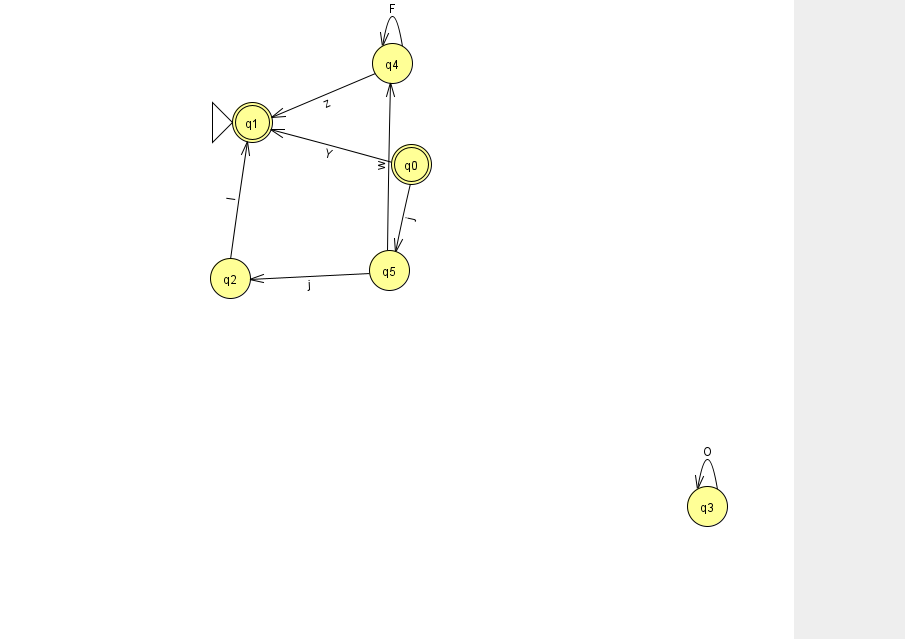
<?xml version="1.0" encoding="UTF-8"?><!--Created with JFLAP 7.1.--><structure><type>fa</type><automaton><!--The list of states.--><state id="0" name="q0"><x>411.0</x><y>151.0</y><final/></state><state id="1" name="q1"><x>252.0</x><y>109.0</y><initial/><final/></state><state id="2" name="q2"><x>230.0</x><y>265.0</y></state><state id="3" name="q3"><x>707.0</x><y>493.0</y></state><state id="4" name="q4"><x>392.0</x><y>50.0</y></state><state id="5" name="q5"><x>389.0</x><y>257.0</y></state><!--The list of transitions.--><transition><from>0</from><to>5</to><read>j</read></transition><transition><from>4</from><to>4</to><read>F</read></transition><transition><from>5</from><to>2</to><read>j</read></transition><transition><from>2</from><to>1</to><read>I</read></transition><transition><from>4</from><to>1</to><read>z</read></transition><transition><from>0</from><to>1</to><read>Y</read></transition><transition><from>5</from><to>4</to><read>w</read></transition><transition><from>3</from><to>3</to><read>O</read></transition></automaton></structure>